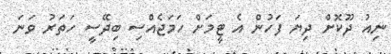
ނިއު ދޫކޮށް ދިޔަ ފަހުން އެ ޓީމަށް ހަމަޖެއްސި ބިދޭސީ ހަތަރު ވަނަ